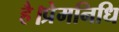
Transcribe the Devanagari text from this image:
है।प्रेमनिधि